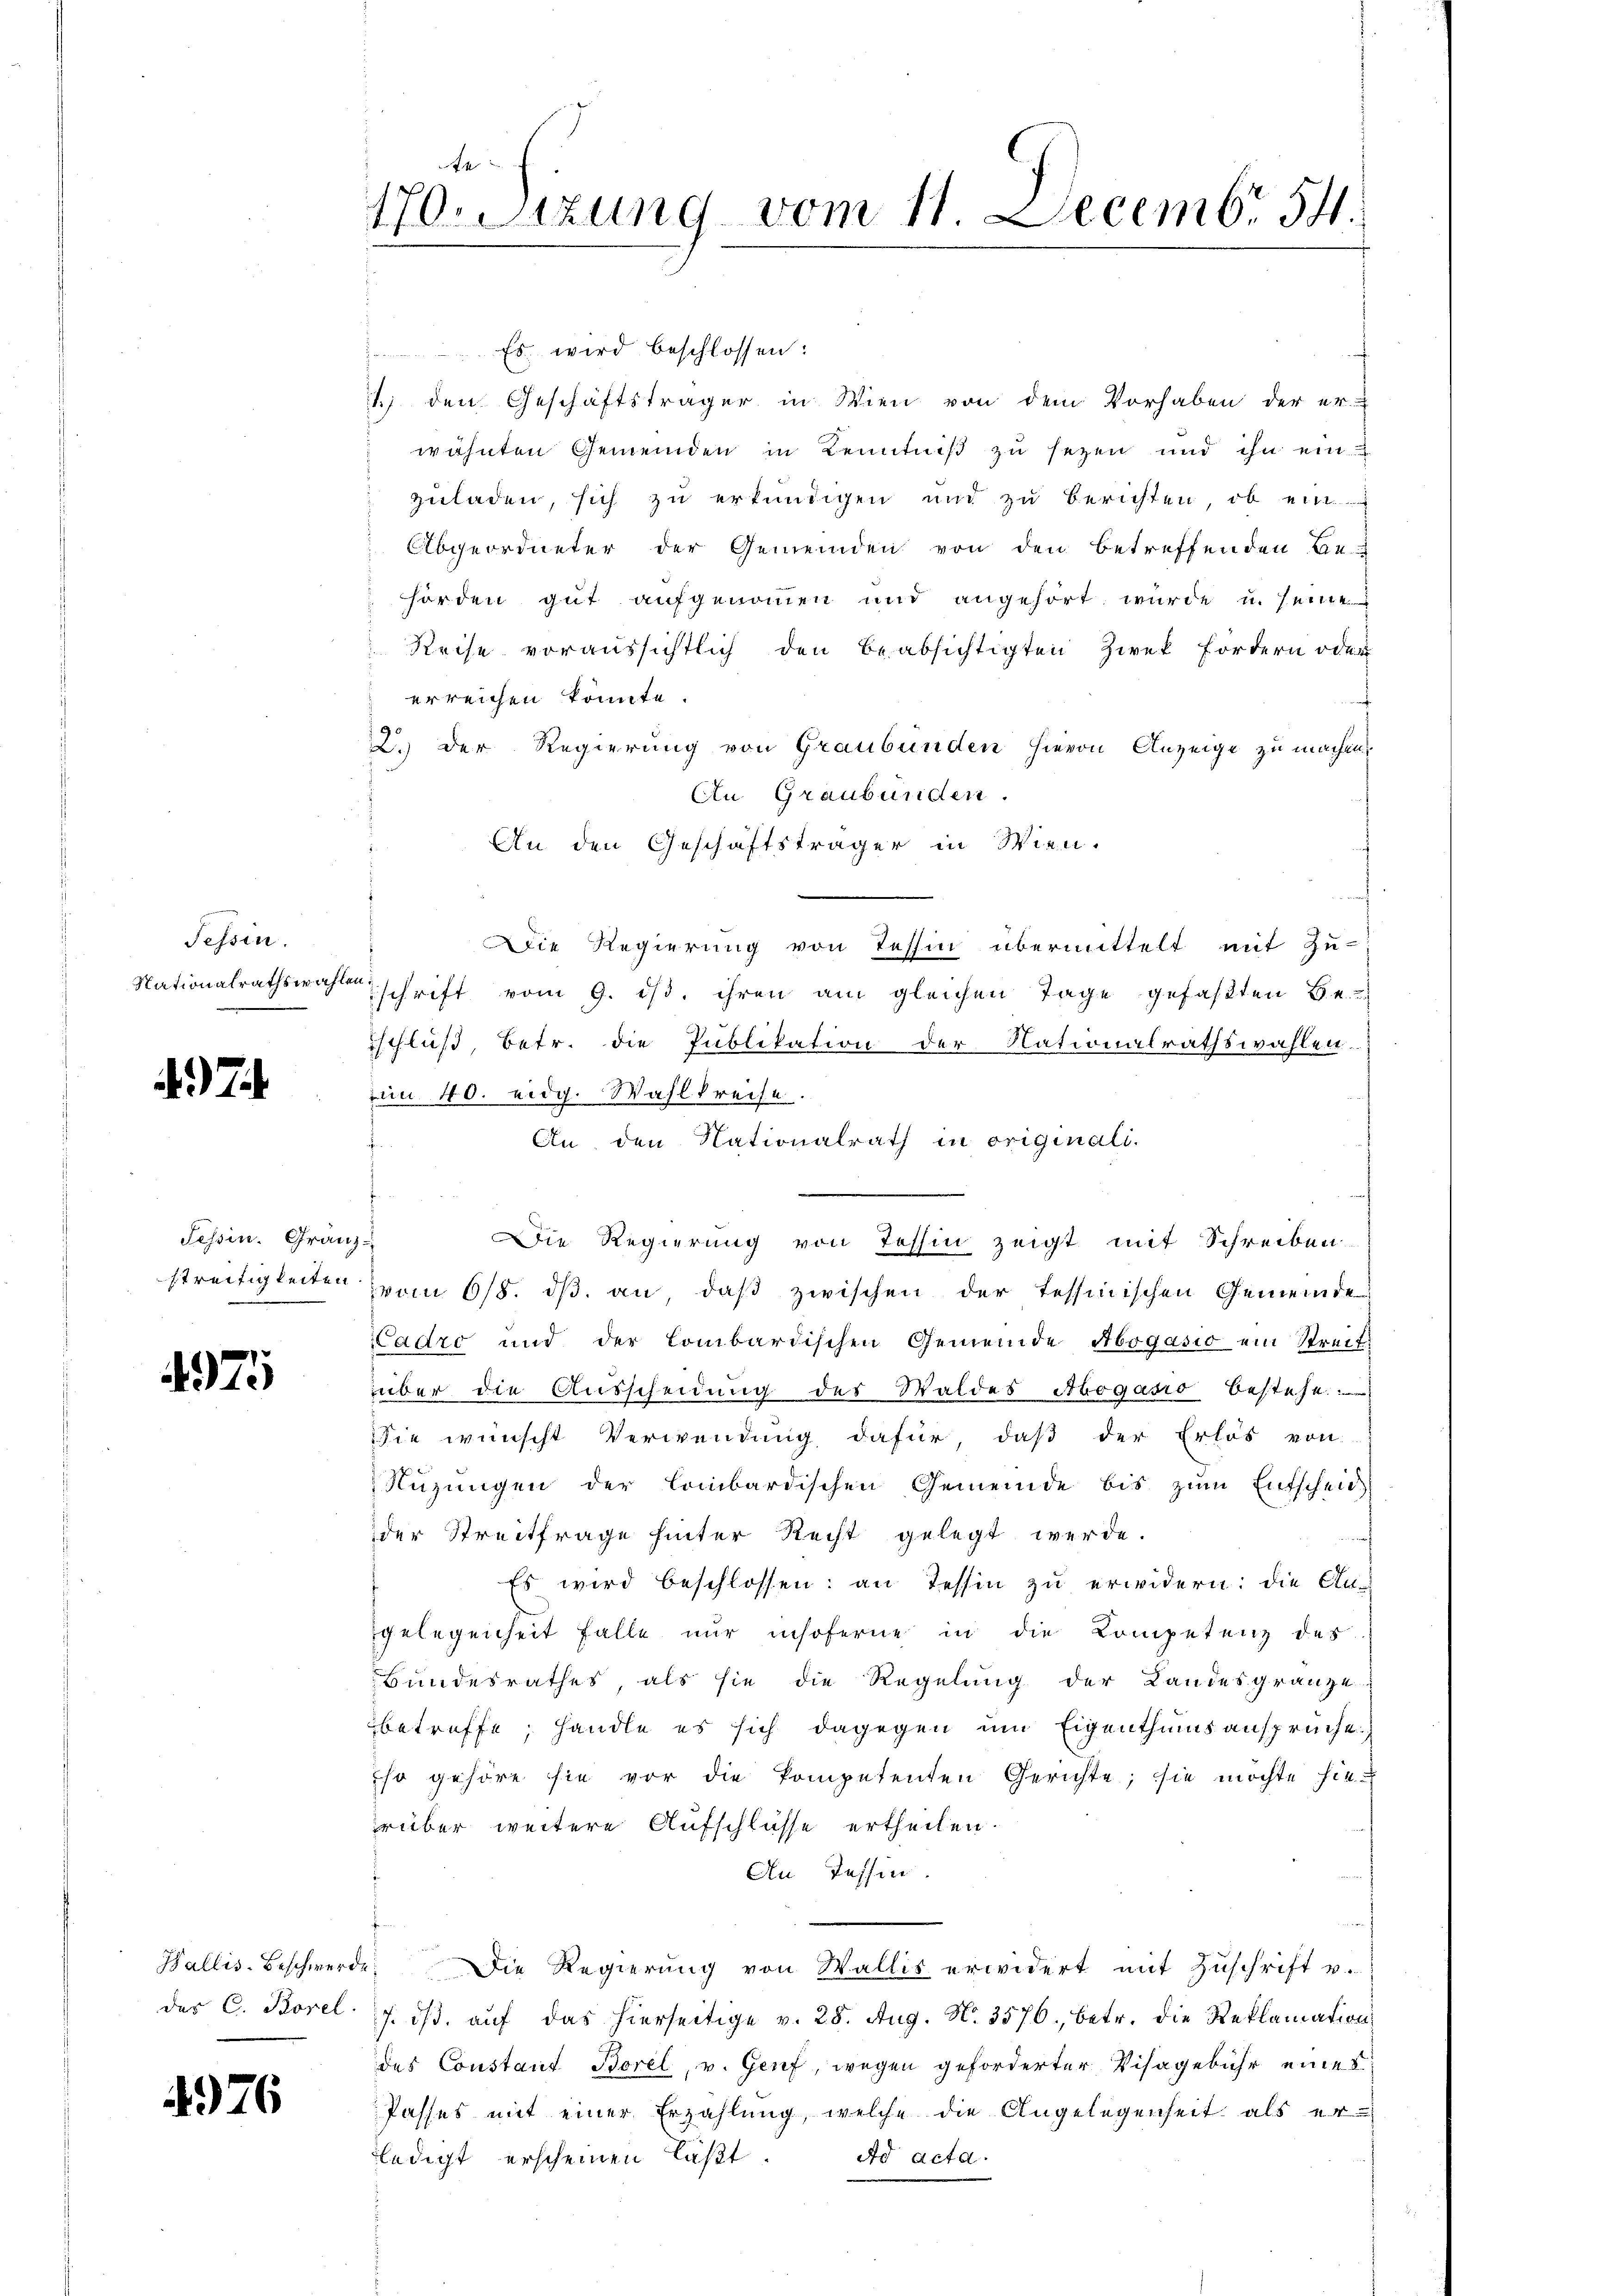
Tessin.
Nationalrathswahlen.

47

Tessin. Gränz¬

4975

4976

Es wird beschlossen:
1.) den Geschäftsträger in Wien von dem Vorhaben der er-
wähnten Gemeinden in Kenntniß zu sezen und ihn ein
zuladen, sich zu erkundigen und zu berichten, ob ein
Abgeordneter der Gemeinden von den betreffenden Be-
hörden gut aufgenommen und angehört wurde u. seine
Reise voraussichtlich den beabsichtigten Zwek Fordern oder
erreichen könnte.
2.) Der Regierung von Graubünden hievon Anzeige zu machen,
An Graubünden.
An den Geschäftsträger in Wien.
Die Regierung von Tessin übermittelt mit Zu-
schrift vom 9. dβ. ihren am gleichen Tage gefaßten Be-
schluß, betr. die Publikation der Nationalrathswahlen.
in 40. eidg. Wahlkreise.
An den Nationalrath in originali.
Die Regierung von Tessin zeigt mit Schreiben
streitigkeiten vom 6/8. ds. an, daß zwischen der Tessinischen Gemeinde
Cadro und der Combardischen Gemeinde Abogasio ein Streitüber die Ausscheidung des Waldes Abogasio besteht
ie wünscht Verwendung dafür, daß der Erlös von
Nüzungen der lombardischen Gemeinde bis zŭm Entscheid
der Streitfrage hinter Recht gelegt werde.
Es wird beschlossen: an Tessin zŭ erwidern: die Angelegenheit falle nur insoferne in die Kompetenz des
Bundesrathes, als sie die Regelung der Landesgränze
betreffe, handle es sich dagegen um Eigenthumsansprüche.
Eso gehöre sie vor die kompetenten Gerichte; sie möchte hierüber weitere Aufschlüsse ertheilen.
An Tessin
Wallis-Beschwerde. Die Regierŭng von Wallis erwidert mit Zŭschrift v.
des C. Borel 7. dβ aŭf das hierseitige v. 28. Aŭg. N. 3576, betr. die Reklamation
des Constant Borel, v. Genf, wegen geforderter Visagebühr eines
Passes mit einer Erzählung, welche die Angelegenheit als er-
ledigt erscheinen läßt.
Ad acta.

e
170. Sitzung vom 11. Decemb. 54.